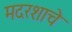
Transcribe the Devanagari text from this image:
मदरशाचे